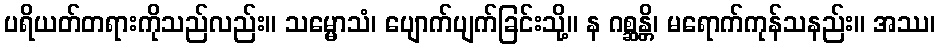
ပရိယတ်တရားကိုသည်လည်း။ သမ္မောသံ၊ ပျောက်ပျက်ခြင်းသို့။ န ဂစ္ဆန္တိ၊ မရောက်ကုန်သနည်း။ အဿ၊